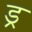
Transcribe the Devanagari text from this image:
ड्र